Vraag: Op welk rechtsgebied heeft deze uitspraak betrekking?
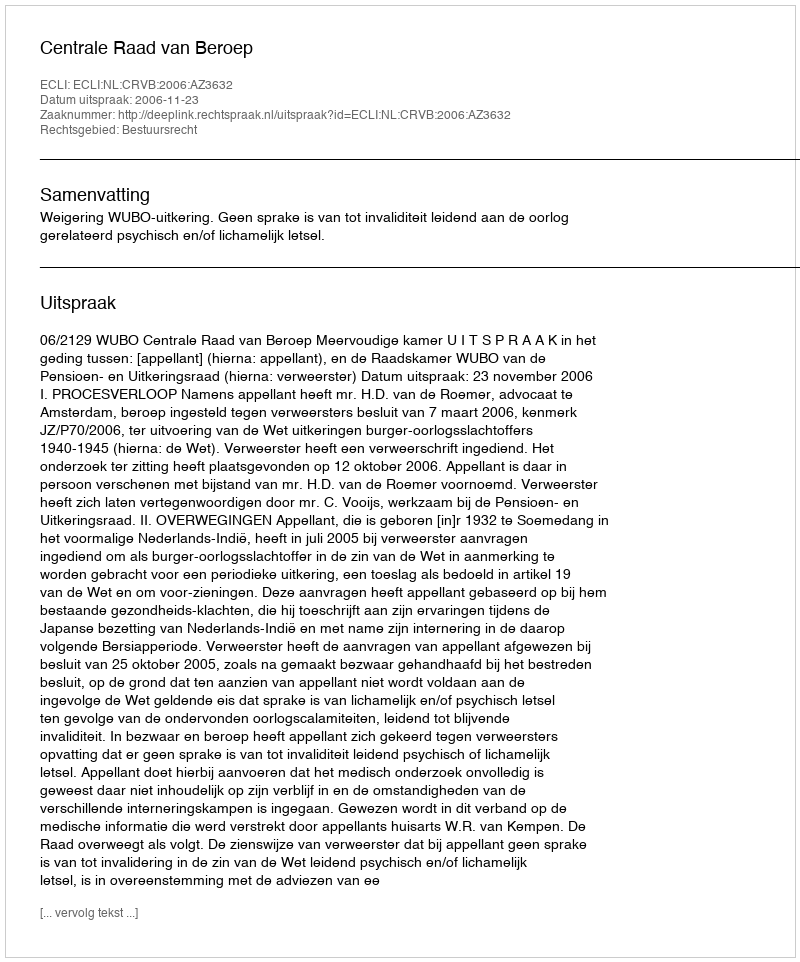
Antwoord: Bestuursrecht